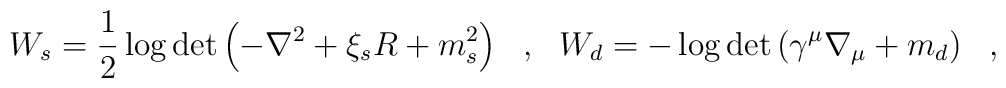
W_s=\frac 12\log\det\left(-\nabla^2+\xi_s R+m_s^2\right)~~,~~W_d=-\log\det\left(\gamma^\mu\nabla_\mu+m_d\right)~~,